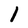
Character: 1